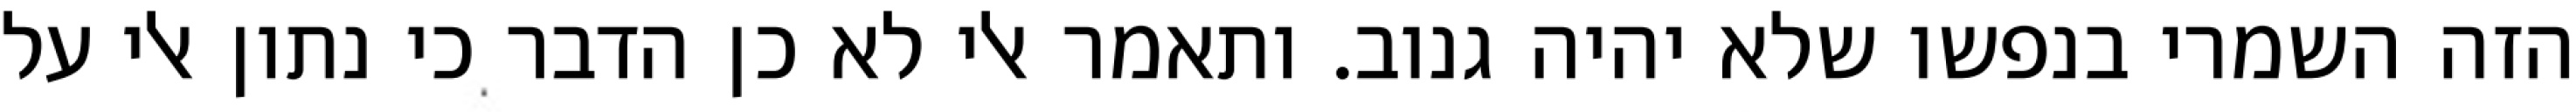
הזה השמרי בנפשו שלא יהיה גנוב. ותאמר אלי לא כן הדבר כי נתון אלי על